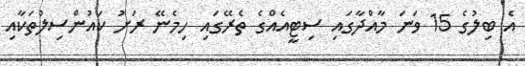
އެ ބިލުގެ 15 ވަނަ މާއްދާގައި ސިޓީއެއްގެ ތެރޭގައި ހިމެނޭ ރަށު ކައުންސިލުތަކާއި